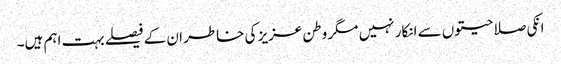
انکی صلاحیتوں سے انکار نہیں مگر وطن عزیز کی خاطر ان کے فیصلے بہت اہم ہیں۔